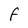
Character: F